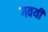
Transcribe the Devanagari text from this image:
गवयी